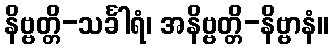
နိဗ္ဗတ္တိ-သင်္ခါရံ၊ အနိဗ္ဗတ္တိ-နိဗ္ဗာနံ။